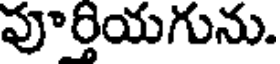
పూర్తియగును.